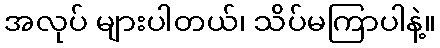
အလုပ် များပါတယ်၊ သိပ်မကြာပါနဲ့။